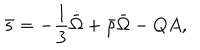
\bar { s } = - \frac { 1 } { 3 } \dot { \bar { \Omega } } + \dot { \bar { \rho } } \bar { \Omega } - Q A ,